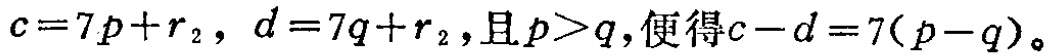
\(c = 7p + r_{2},\ d = 7q + r_{2},\text{且}p>q,\text{便得}c - d = 7(p - q)\)